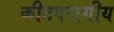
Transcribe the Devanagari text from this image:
कीटपरागीय